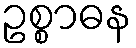
ဥစ္စာဓန